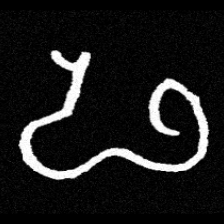
Pyu character \u2014 Myanmar letter: ဖ (romanized: pha)